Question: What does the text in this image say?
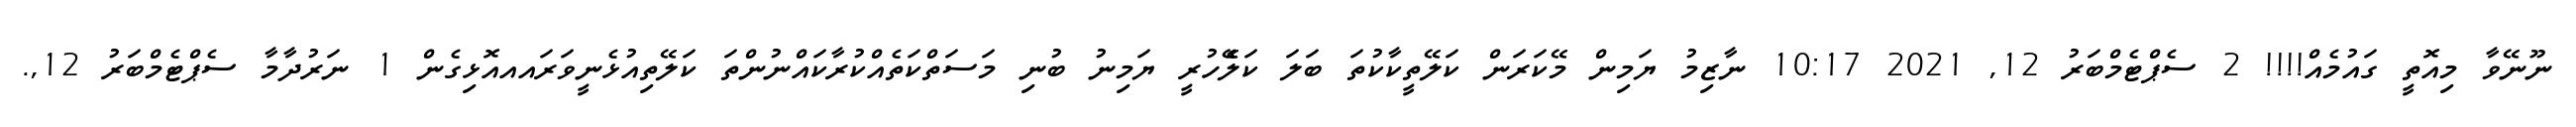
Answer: ނޫނޭވާ މިއޮތީ ގައުމެއް!!!! 2 ސެޕްޓެމްބަރު 12, 2021 10:17 ނާޒިމު ޔަމިން މޭކަރަން ކަލޭތީކާކުތަ ބަލަ ކަލެޭހުރީ ޔަމިނު ބުނި މަސަތްކަތެއްކުރާކައްނުންތަ ކަލޭތިއުޅެނީވަރައއއޮޅިގެން 1 ނަރުދާމާ ސެޕްޓެމްބަރު 12,.